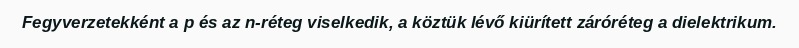
Fegyverzetekként a p és az n-réteg viselkedik, a köztük lévő kiürített záróréteg a dielektrikum.